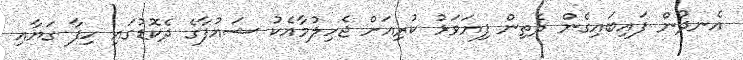
އެނދުން ފައިބައިގެން ދެތިން ފިޔަވަޅު ކުރިއަށް ޖެހިލުމާއެކު ޝައުފާގެ ދެކޮޑުގައި ހިފާ ގަޔާއި